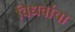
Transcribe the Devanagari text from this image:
विधवांचा